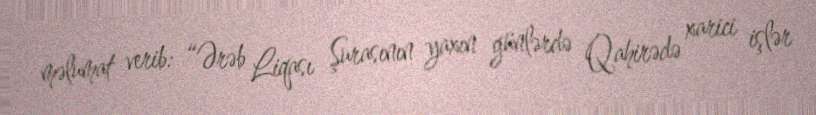
məlumat verib: “Ərəb Liqası Şurasının yaxın günlərdə Qahirədə xarici işlər